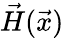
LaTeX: \vec{H}(\vec{x})